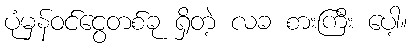
ပုံမှန်ဝင်ငွေတစ်ခု ရှိတဲ့ လခ စားကြီး ပေါ့။